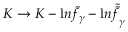
K \rightarrow K - { \mathrm { l } n } { \tilde { f } } _ { \gamma } - { \mathrm { l } n } { \bar { \tilde { f } } _ { \gamma } }